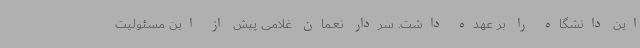
این دانشگاه را بر عهده داشت. سردار نعمان غلامی پیش از این مسئولیت